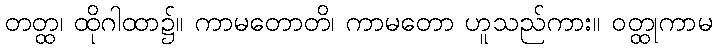
တတ္ထ၊ ထိုဂါထာ၌။ ကာမတောတိ၊ ကာမတော ဟူသည်ကား။ ဝတ္ထုကာမ